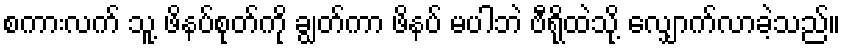
စကားလက် သူ့ ဖိနပ်စုတ်ကို ချွတ်ကာ ဖိနပ် မပါဘဲ ဗီရိုထဲသို့ လျှောက်လာခဲ့သည်။